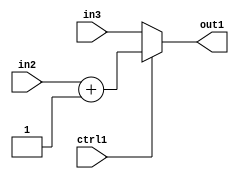
`timescale 1ps / 1ps
/*****************************************************************************
    Verilog RTL Description
    
    
    Created by: Stratus DpOpt 2019.1.01 
*******************************************************************************/

module feature_write_addr_gen_MuxAdd2i1u3u3u1_1 (
	in3,
	in2,
	ctrl1,
	out1
	); /* architecture "behavioural" */ 
input [2:0] in3,
	in2;
input  ctrl1;
output [2:0] out1;
wire [2:0] asc001,
	asc002;

assign asc002 = 
	+(in2)
	+(3'B001);

reg [2:0] asc001_tmp_0;
assign asc001 = asc001_tmp_0;
always @ (ctrl1 or asc002 or in3) begin
	case (ctrl1)
		1'B1 : asc001_tmp_0 = asc002 ;
		default : asc001_tmp_0 = in3 ;
	endcase
end

assign out1 = asc001;
endmodule

/* CADENCE  v7H1QwA= : u9/ySgnWtBlWxVPRXgAZ4Og= ** DO NOT EDIT THIS LINE ******/